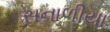
સનાળીયા